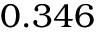
0 . 3 4 6